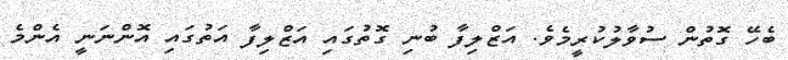
ބެހޭ ގޮތުން ސުވާލުކުރީމެވެ. އަޒްލިފާ ބުނި ގޮތުގައި އަޒްލިފާ އަތުގައި އޮންނަނީ އެންމެ